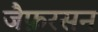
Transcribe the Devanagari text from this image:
जैफ़रसन